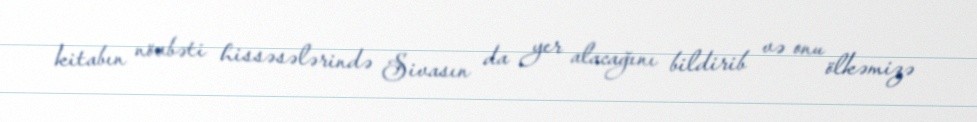
kitabın növbəti hissəsələrində Sivasın da yer alacağını bildirib və onu ölkəmizə